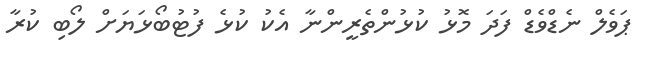
ޕަވެލް ނެޑްވެޑް ފަދަ މޮޅު ކުޅުންތެރީންނާ އެކު ކުޅެ ފުޓުބޯޅަޔަށް ލޯބި ކުރާ